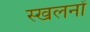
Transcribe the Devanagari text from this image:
स्खलनों